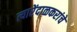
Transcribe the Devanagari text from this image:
त्यारेंदाळकरांचे